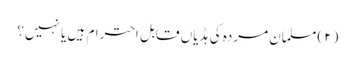
(۲) مسلمان مردہ کی ہڈیاں قابلِ احترام ہیں یا نہیں؟